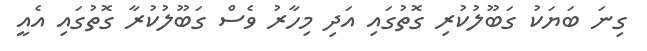
ގިނަ ބަޔަކު ގަބޫލުކުރި ގޮތުގައި އަދި މިހާރު ވެސް ގަބޫލުކުރާ ގޮތުގައި އެއީ